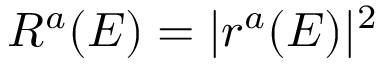
R ^ { a } ( E ) = | r ^ { a } ( E ) | ^ { 2 }